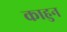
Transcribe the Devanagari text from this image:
काहुन